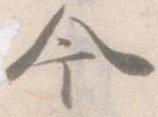
今